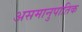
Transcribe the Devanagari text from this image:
असमानुपातिक